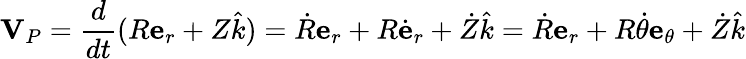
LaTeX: {\textbf{V}}_{P}={\frac{d}{dt}}(R{\textbf{e}}_{r}+Z{\hat{k}})={\dot{R}}{\textbf{e}}_{r}+R{\dot{\textbf{e}}}_{r}+{\dot{Z}}{\hat{k}}={\dot{R}}{\textbf{e}}_{r}+R{\dot{\theta}}{\textbf{e}}_{\theta}+{\dot{Z}}{\hat{k}}